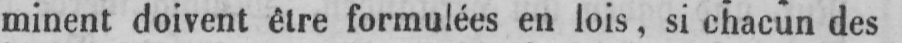
minent doivent être formulées en lois, si chacun des